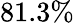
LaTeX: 81.3\%